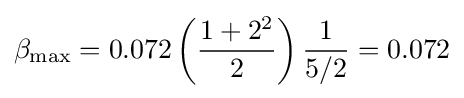
\beta _{\text{max}}=0.072\left({\frac {1+2^{2}}{2}}\right){\frac {1}{5/2}}=0.072